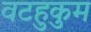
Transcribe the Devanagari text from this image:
वटहुकुम